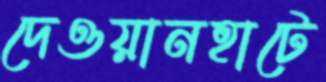
দেওয়ানহাটে